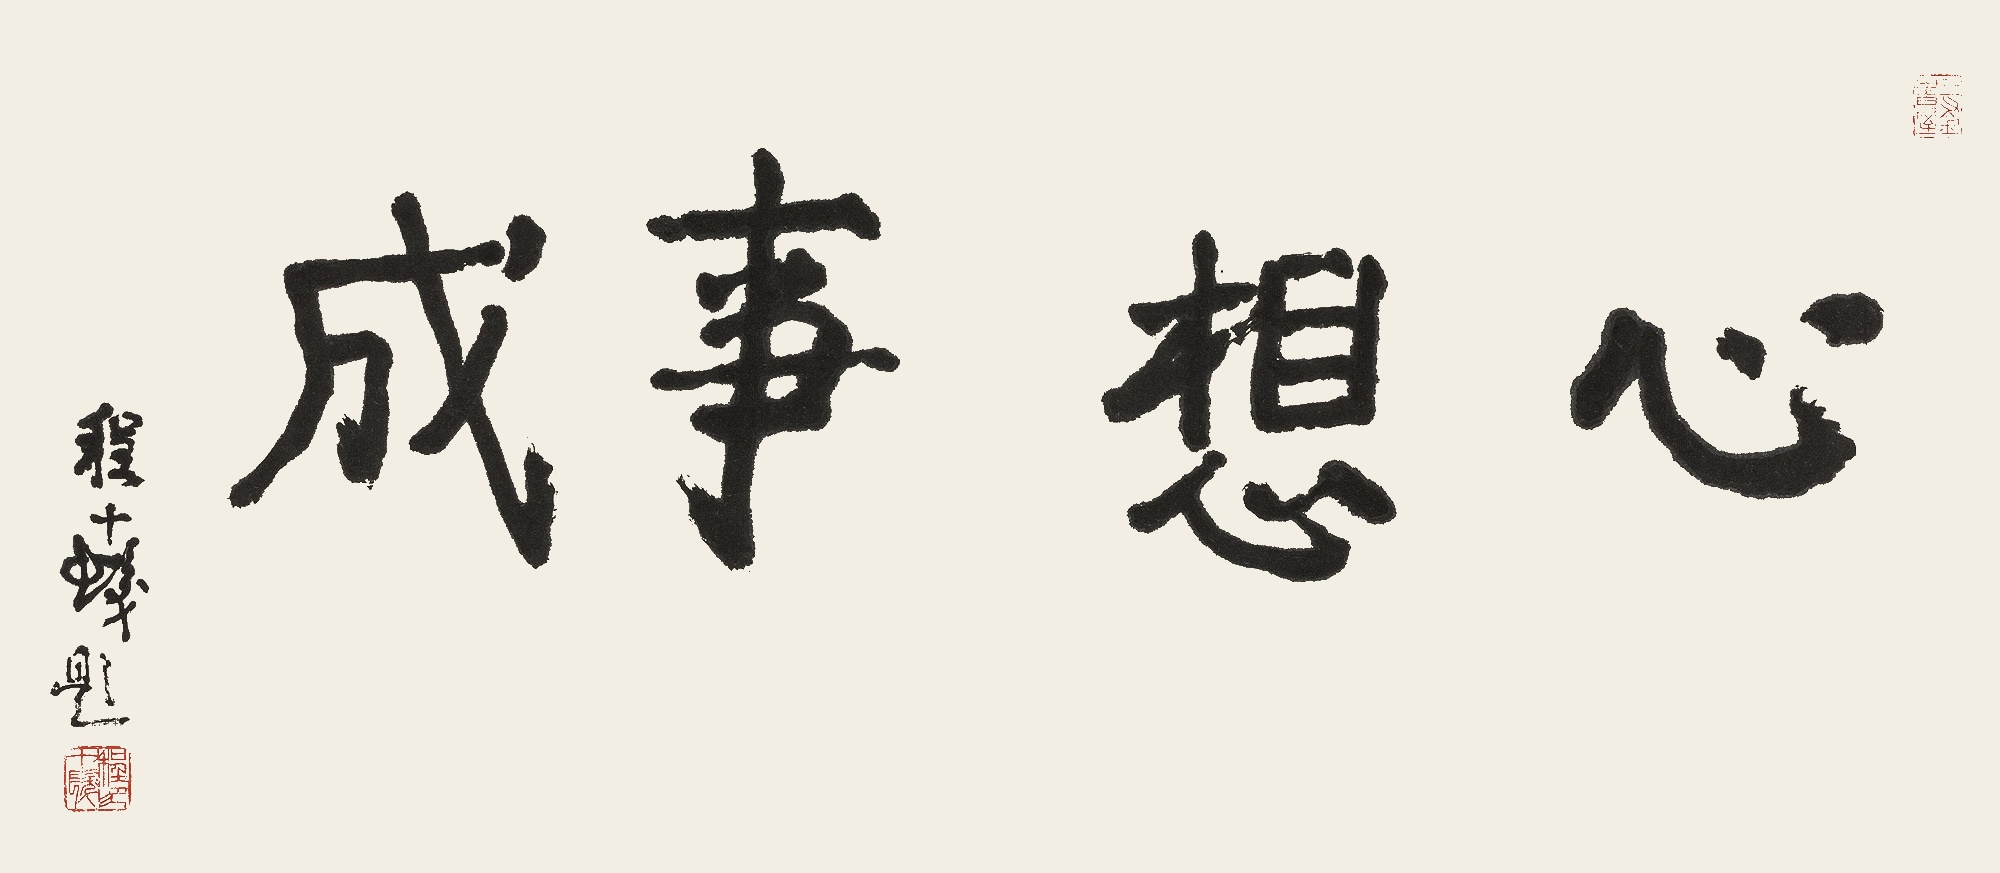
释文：心想事成程十发题。